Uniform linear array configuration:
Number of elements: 48
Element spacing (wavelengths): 0.75
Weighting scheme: uniform
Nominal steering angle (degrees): -15
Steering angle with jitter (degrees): -15.241
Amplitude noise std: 0.05
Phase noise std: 0.05

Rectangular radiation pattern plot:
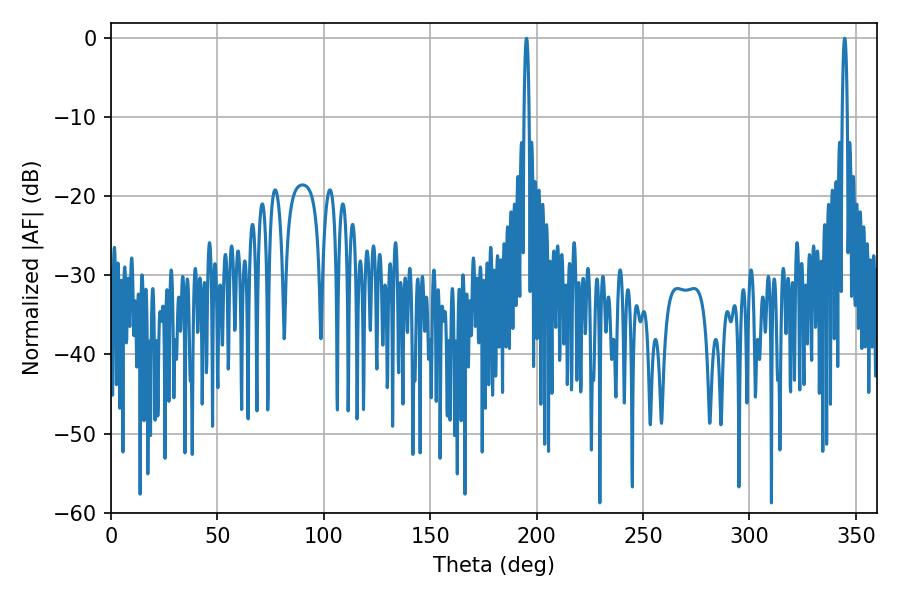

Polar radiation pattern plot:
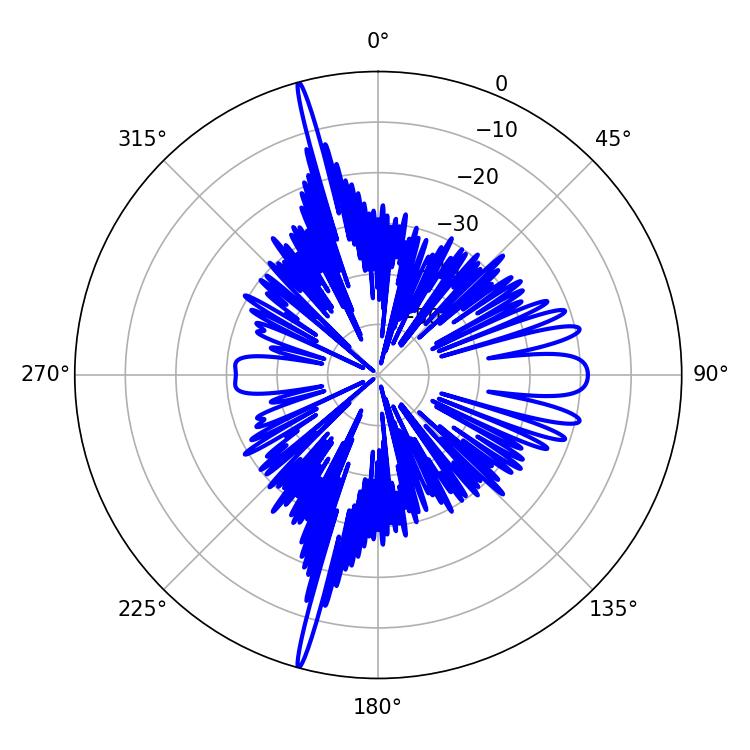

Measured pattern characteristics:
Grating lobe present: TRUE
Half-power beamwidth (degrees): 1.26
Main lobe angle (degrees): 344.7